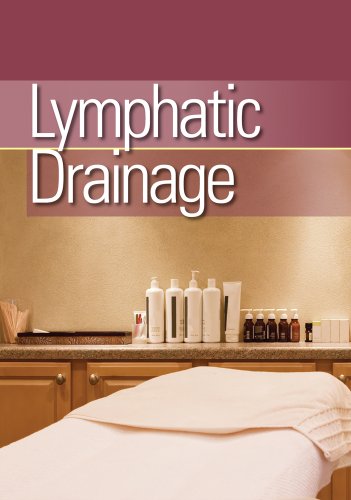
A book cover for Lymphatic Drainage; Milady; Health, Fitness & Dieting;